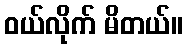
ဝယ်လိုက် မိတယ်။